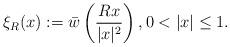
LaTeX: \begin{align*}\xi_R(x):=\bar{w}\left(\frac{Rx}{|x|^2}\right), 0<|x|\leq 1. \end{align*}